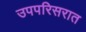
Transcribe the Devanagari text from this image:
उपपरिसरात